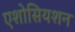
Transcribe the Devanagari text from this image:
एशोसियशन